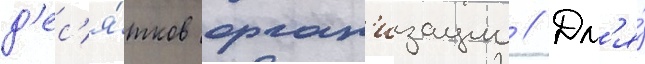
д'ес'я́тков орган'изации // Дл'я́